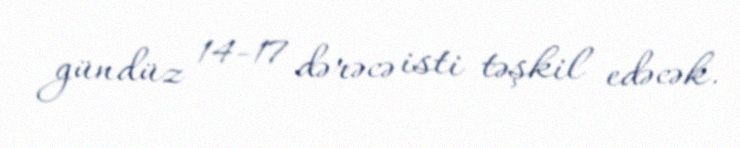
gündüz 14-17 dərəcə isti təşkil edəcək.